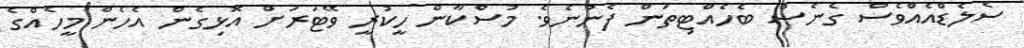
ސެލެޑްއެއްވެސް ގެނެސް ބެހެއްޓިތަން ފެނުނެވެ. މުސްކާން ހީކުރީ ވޭޓަރަށް އޮޅިގެން އެހެން މީހެއްގެ